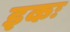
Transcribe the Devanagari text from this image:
इकः